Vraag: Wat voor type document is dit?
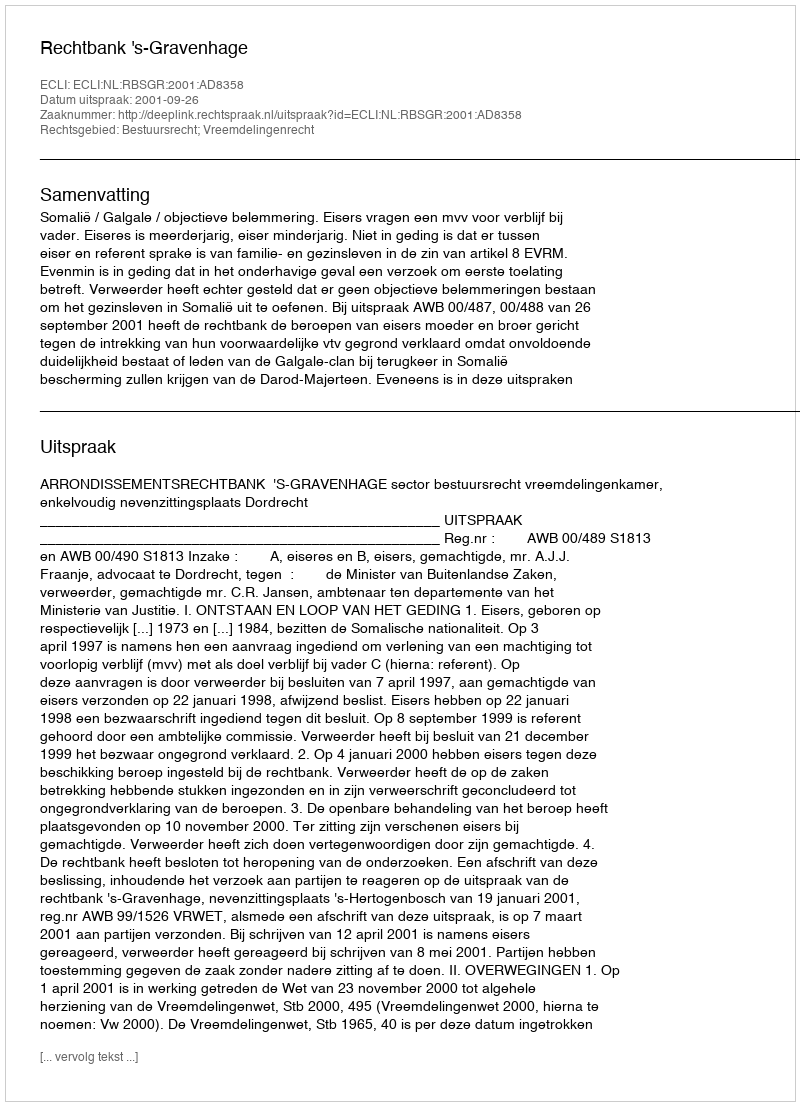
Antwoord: Uitspraak